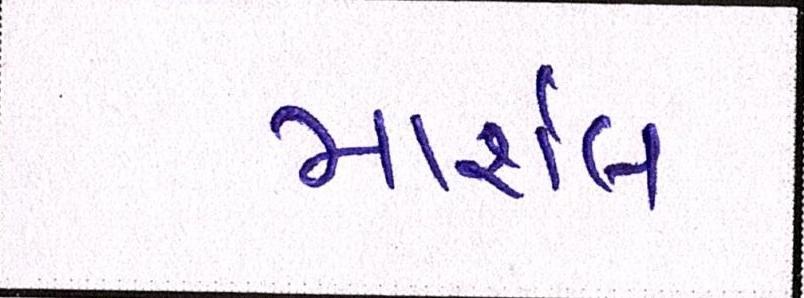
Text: માર્શલ